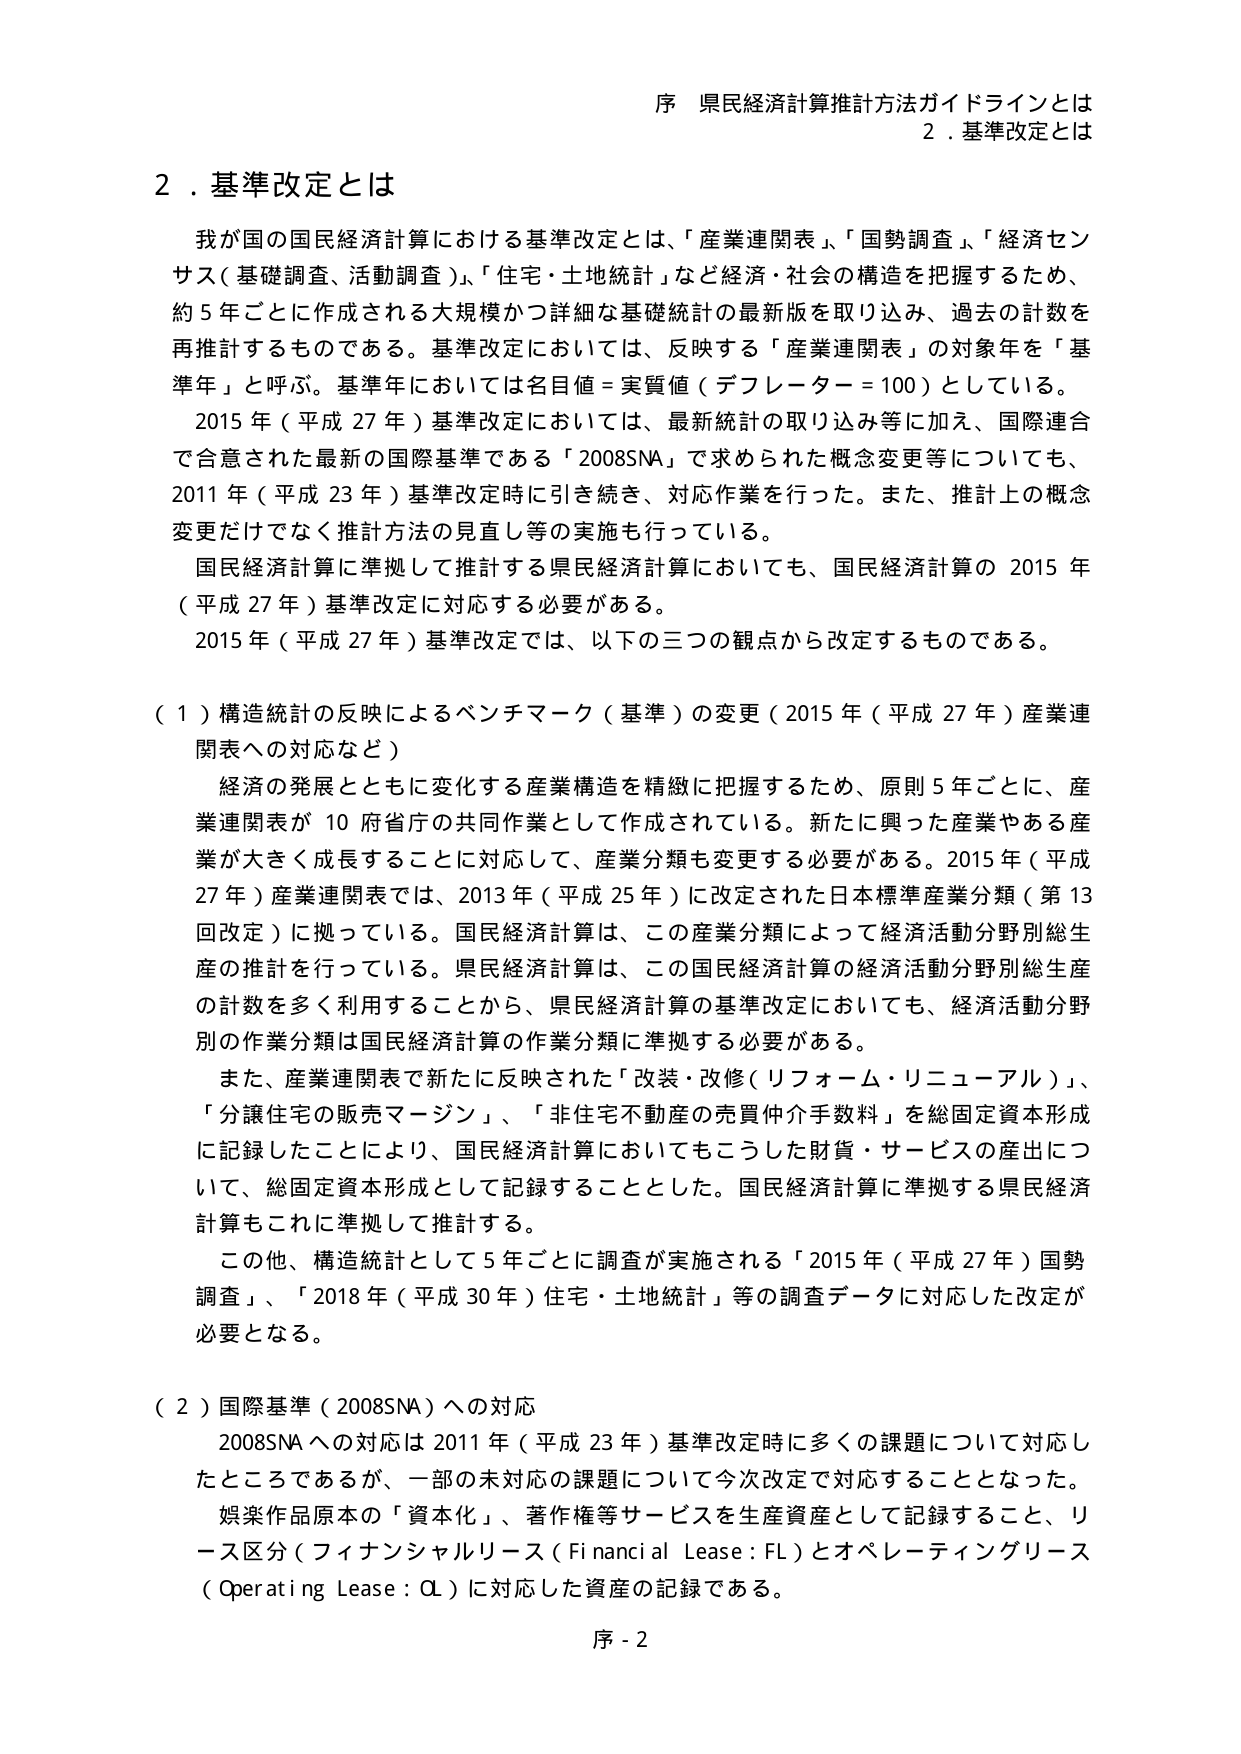
序 県民経済計算推計方法ガイドラインとは
2．基準改定とは

2．基準改定とは

我が国の国民経済計算における基準改定とは、「産業連関表」、「国勢調査」、「経済センサス（基礎調査、活動調査）」、「住宅・土地統計」など経済・社会の構造を把握するため、約5年ごとに作成される大規模かつ詳細な基礎統計の最新版を取り込み、過去の計数を再推計するものである。基準改定においては、反映する「産業連関表」の対象年を「基準年」と呼ぶ。基準年においては名目値＝実質値（デフレーター＝100）としている。

2015年（平成27年）基準改定においては、最新統計の取り込み等に加え、国際連合で合意された最新の国際基準である「2008SNA」で求められた概念変更等についても、2011年（平成23年）基準改定時に引き続き、対応作業を行った。また、推計上の概念変更だけでなく推計方法の見直し等の実施も行っている。

国民経済計算に準拠して推計する県民経済計算においても、国民経済計算の2015年（平成27年）基準改定に対応する必要がある。

2015年（平成27年）基準改定では、以下の三つの観点から改定するものである。

（1）構造統計の反映によるベンチマーク（基準）の変更（2015年（平成27年）産業連関表への対応など）

経済の発展とともに変化する産業構造を精緻に把握するため、原則5年ごとに、産業連関表が10府省庁の共同作業として作成されている。新たに興った産業やある産業が大きく成長することに対して、産業分類も変更する必要がある。2015年（平成27年）産業連関表では、2013年（平成25年）に改定された日本標準産業分類（第13回改定）に拠っている。国民経済計算は、この産業分類によって経済活動分野別総生産の推計を行っている。県民経済計算は、この国民経済計算の経済活動分野別総生産の計数を多く利用することから、県民経済計算の基準改定においても、経済活動分野別の作業分類は国民経済計算の作業分類に準拠する必要がある。

また、産業連関表で新たに反映された「改装・改修（リフォーム・リニューアル）」、「分譲住宅の販売マージン」、「非住宅不動産の売買仲介手数料」を総固定資本形成に記録したことにより、国民経済計算においてもこうした財貨・サービスの産出について、総固定資本形成として記録することとした。国民経済計算に準拠する県民経済計算もこれに準拠して推計する。

この他、構造統計として5年ごとに調査が実施される「2015年（平成27年）国勢調査」、「2018年（平成30年）住宅・土地統計」等の調査データに対応した改定が必要となる。

（2）国際基準（2008SNA）への対応

2008SNAへの対応は2011年（平成23年）基準改定時に多くの課題について対応したところであるが、一部の未対応の課題について今次改定で対応することとなった。

娯楽作品原本の「資本化」、著作権等サービスを生産資産として記録すること、リース区分（フィナンシャルリース（Financial Lease：FL）とオペレーティングリース（Operating Lease：OL）に対応した資産の記録である。

序-2